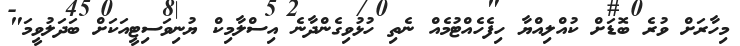
މިހާރަށް ވުރެ ބޮޑަށް ކުއްލިއްޔާ ހިފެހެއްޓުމެއް ނެތި ހުޅުވިގެންދާނެ އިސްލާމިކް ޔުނިވަސިޓީއަކަށް ބަދަލުވީމަ"